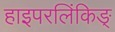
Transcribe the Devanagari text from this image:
हाइपरलिंकिङ्